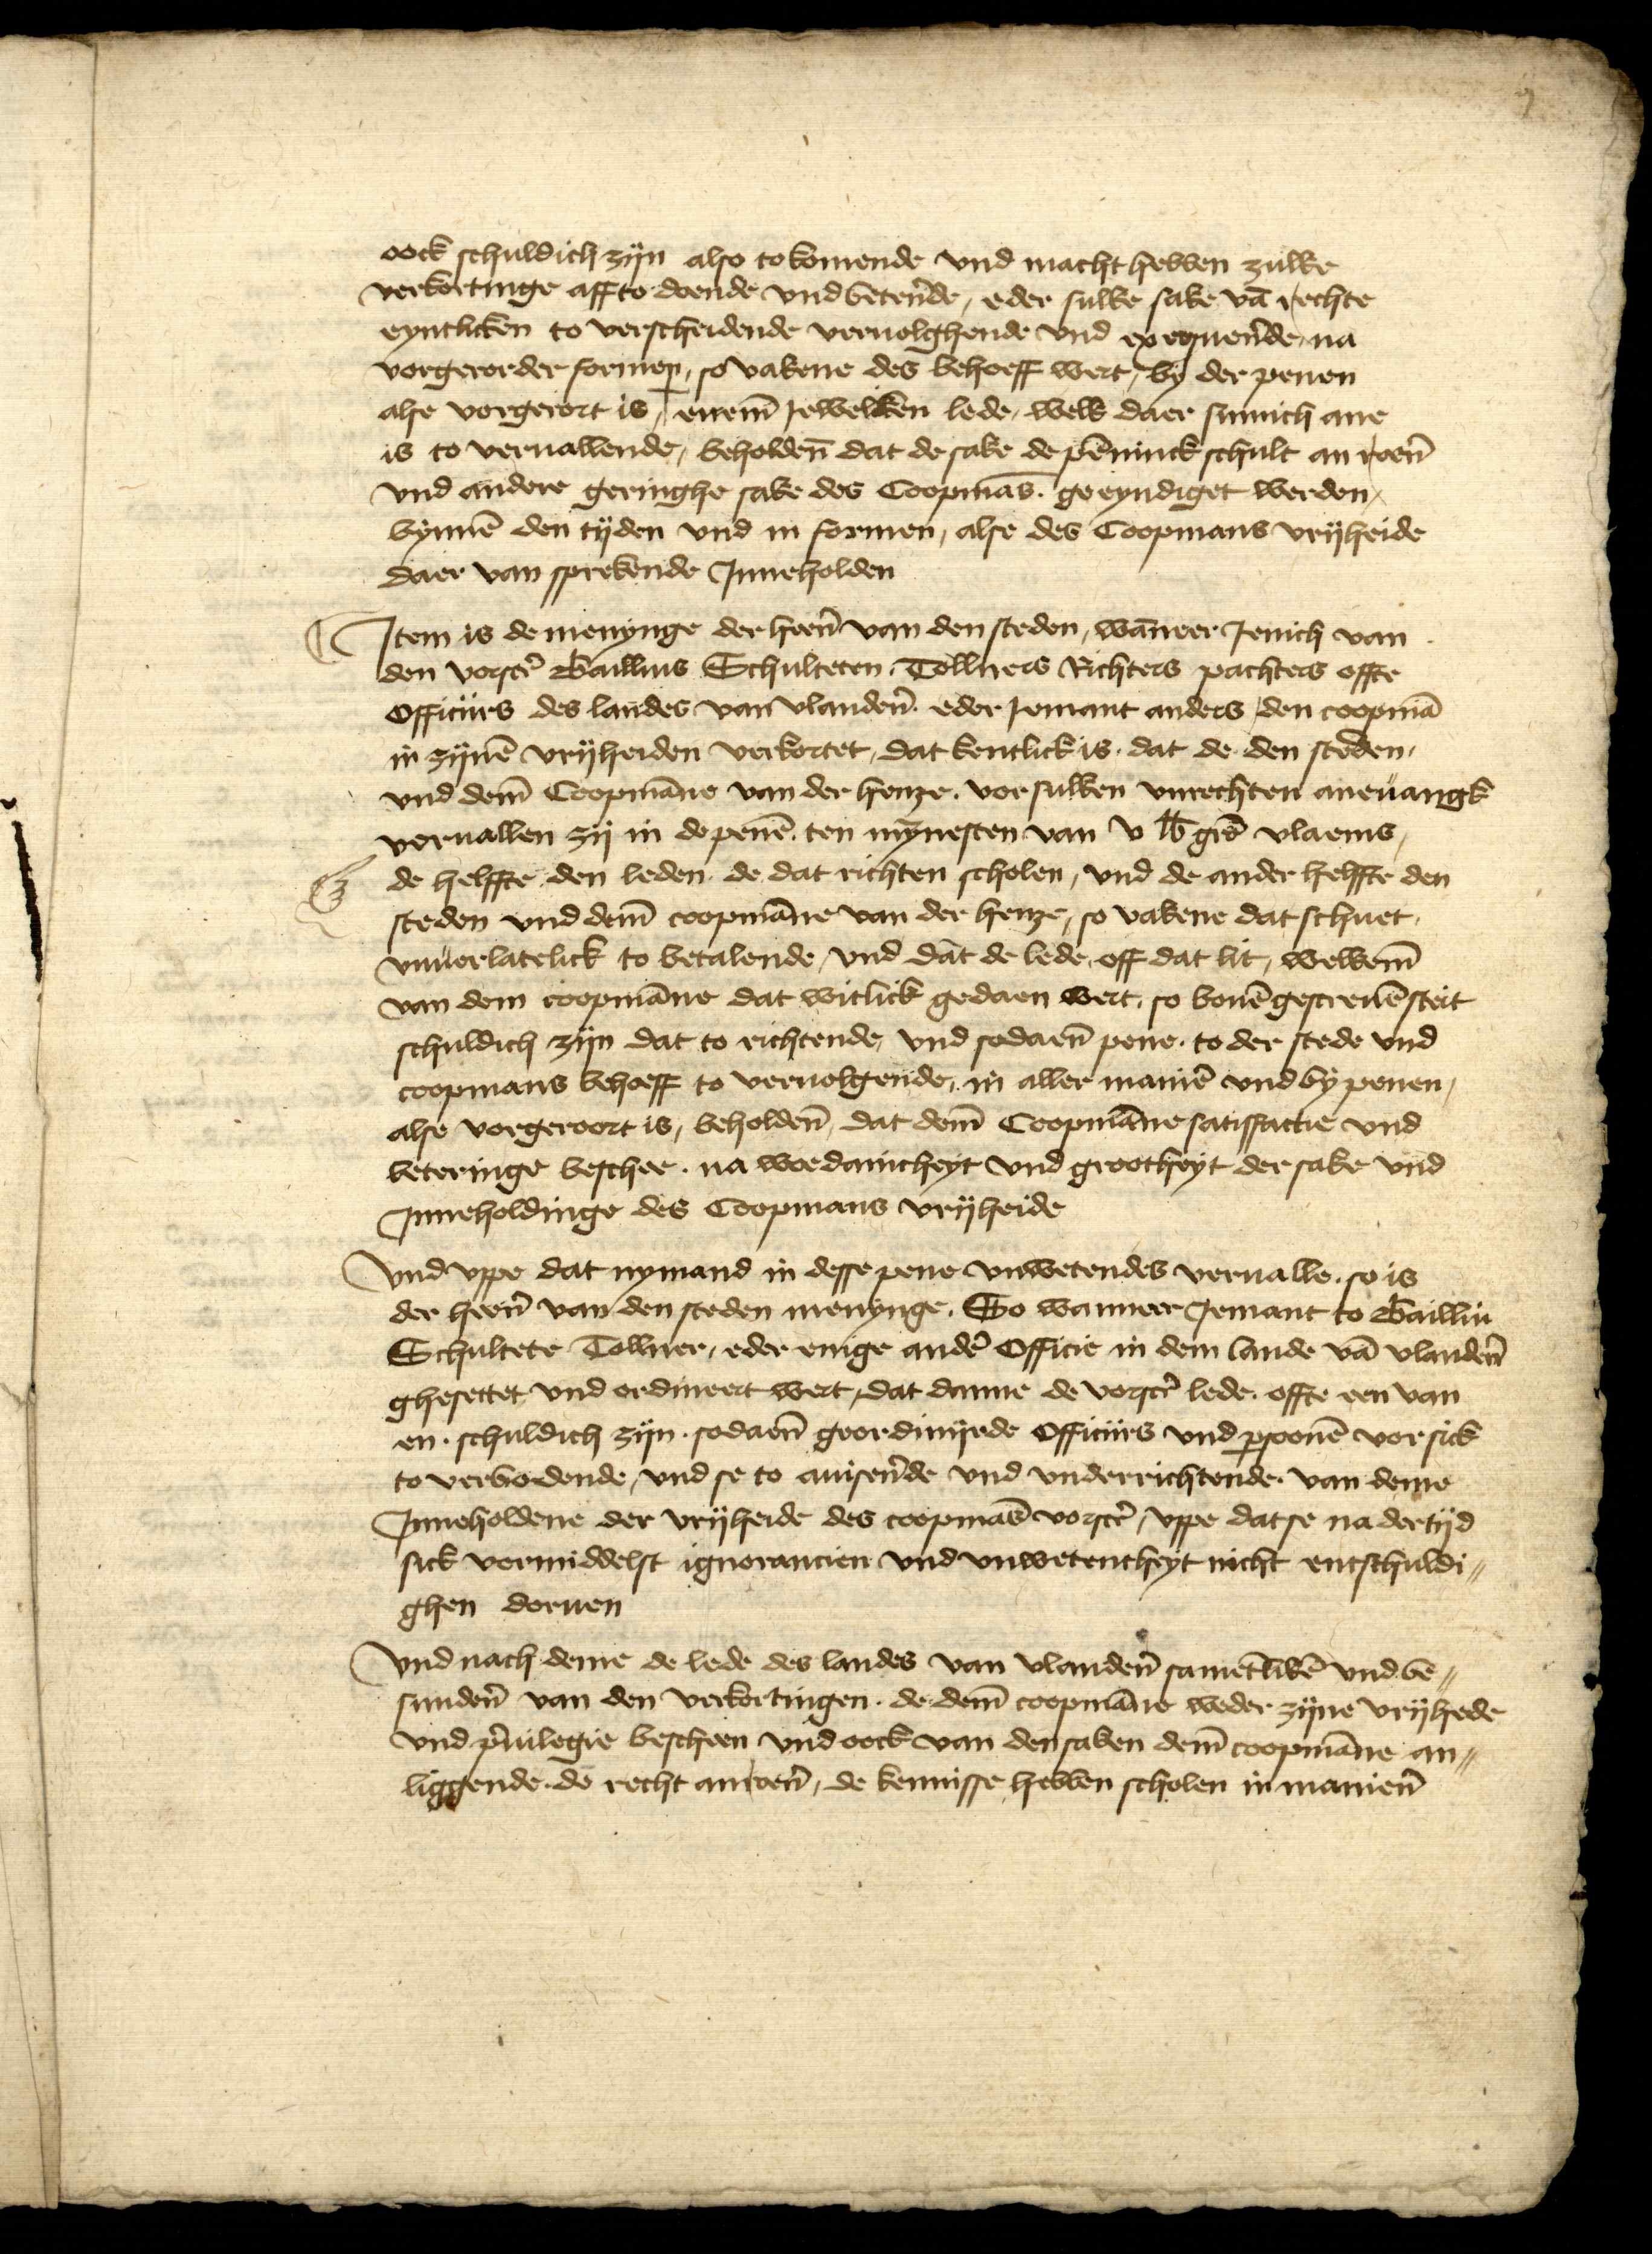
oock schuldich zyn also to komende vnd macht hebben zulke
verkortinge affto doende vnd beterende, eder sulke sake van rechte
eyntliken to verscheidende veruolghende vnd ex equerende, na
vorgerorder formen, so vakene des behoeff wert, by der penen
alse vorgerort is, enem Jeweliken lede, welk daer sinnich ane
is to veruallende, beholden dat de sake de penninck schult an roren
vnd andere geringhe sake des Coopmans. ge eyndiget werden,
bynnen den tyden vnd in formen, alse des Coopmans vryheide
daer van sprekende Jnneholden

Jtem is de menynge der heeren van den steden, wanneer Jenich van
den vorscreuenen Baillius Schulteren Tollners Richters pachters offte
Officiirs des landes van Vlandern edder Jemant anders, den coopman
in zynen vryheiden verkortet, dat kentlick is, dat de den steden,
vnd dem Copmanne van der henze vor sulken vnrechten aneuangk
veruallen zy in de penen ten mynnesten van v libra grote vlaems,
de helffte den leden de dat richten scholen, vnd de ander helffte den
steden vnd dem coopmanne van der henze, so vakene dat schuet,
vnuerlatelick to betalende, vnd dat de lede, off dat lit, welkem
van dem coopmanne dat witlick gedaen wert, so bouen gescreuen steit
schuldich zyn dat to richtende, vnd sodaenen pene, to der stede vnd
coopmans behoeff to veruolgende, in aller manier vnd by penen
alse vorgeroort is, beholden, dat dem Coopmanne satisfactie vnd
beteringe beschee, na woe danicheyt vnd grootheyt der sake vnd
Jnneholdinge des Coopmans vryheide

vnd vppe dat nymand in desse pene vnwetendes vorualle, so is
der her̉n van den steden menynge, So wanneer Jemant to Bailliu
Schultete Tollner, eder enige andẻ Officie in dem lande vā vlandẻn
ghesettet vnd ordineert wert, dat danne de vorscrꝬ lede offte een van
en, schuldich zyn, sodaen̄ geordinyrde Officiirs vnd ꝑsoonē vor sick
to verbodende, vnd se to auisẻnde vnd vnderrichtende van deme
Jnneholdene der vryheide des coopmās vorscrꝬ, vppe dat se na der tyd
sick vermiddelst ignorancien vnd vnwetentheyt nicht entschuldi¬
ghen doruen

vnd nach deme de lede des landes van vlandẻn samētlikē vnd be¬
sundẻn van den verkortingen, de dem coopmāne weder zyne vryhede
vnd ꝑuilegie bescheen vnd oock van den saken dem coopmāne an¬
liggende de recht anroẻn, de kennisse hebben scholen in maniẻn